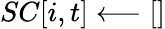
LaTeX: SC[i,t]\longleftarrow{[]}